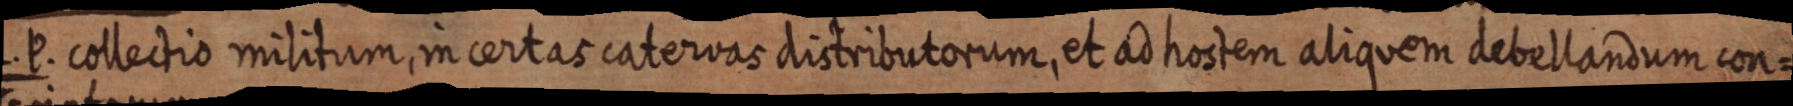
L. P. collection militum, in certas catervas distributorum, et ad hostem aliquem debellandum con